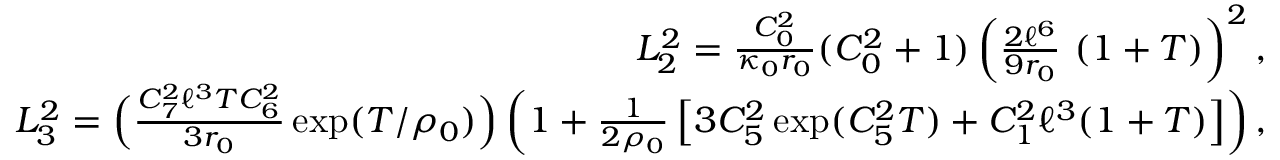
\begin{array} { r l r } & { } & { L _ { 2 } ^ { 2 } = \frac { C _ { 0 } ^ { 2 } } { \kappa _ { 0 } r _ { 0 } } ( C _ { 0 } ^ { 2 } + 1 ) \left( \frac { 2 \ell ^ { 6 } } { 9 r _ { 0 } } \ ( 1 + T ) \right) ^ { 2 } , } \\ & { } & { L _ { 3 } ^ { 2 } = \Big ( \frac { C _ { 7 } ^ { 2 } \ell ^ { 3 } T C _ { 6 } ^ { 2 } } { 3 r _ { 0 } } \exp ( T / \rho _ { 0 } ) \Big ) \left( 1 + \frac { 1 } { 2 \rho _ { 0 } } \left[ 3 C _ { 5 } ^ { 2 } \exp ( C _ { 5 } ^ { 2 } T ) + C _ { 1 } ^ { 2 } \ell ^ { 3 } ( 1 + T ) \right] \right) , } \end{array}